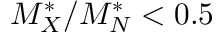
M _ { X } ^ { * } / M _ { N } ^ { * } < 0 . 5